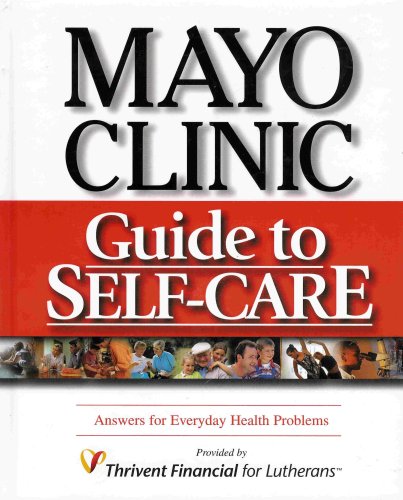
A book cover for Mayo Clinic Guide to Self-Care: Answers for Everyday Health Problems (Third Edition); Health, Fitness & Dieting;